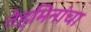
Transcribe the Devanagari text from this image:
तेहमिनांचा